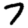
Digit: 7